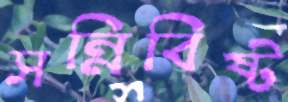
সন্নিবিষ্ট